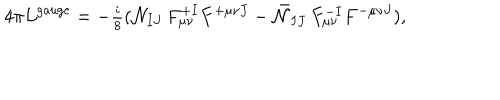
LaTeX: 4 \pi { \cal L } ^ { \mathrm { g a u g e } } = - { \textstyle { \frac { i } { 8 } } } ( { \cal N } _ { I J } \, F _ { \mu \nu } ^ { + I } F ^ { + \mu \nu J } - \bar { \cal N } _ { I J } \, F _ { \mu \nu } ^ { - I } F ^ { - \mu \nu J } ) ,